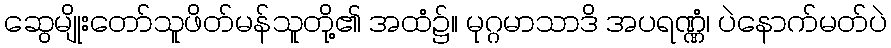
ဆွေမျိုးတော်သူဖိတ်မန်သူတို့၏ အထံ၌။ မုဂ္ဂမာသာဒိ အပရဏ္ဏံ၊ ပဲနောက်မတ်ပဲ